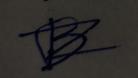
Signature authenticity: forged